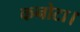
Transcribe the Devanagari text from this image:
कनोटा।